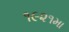
૧૯૨૧મા